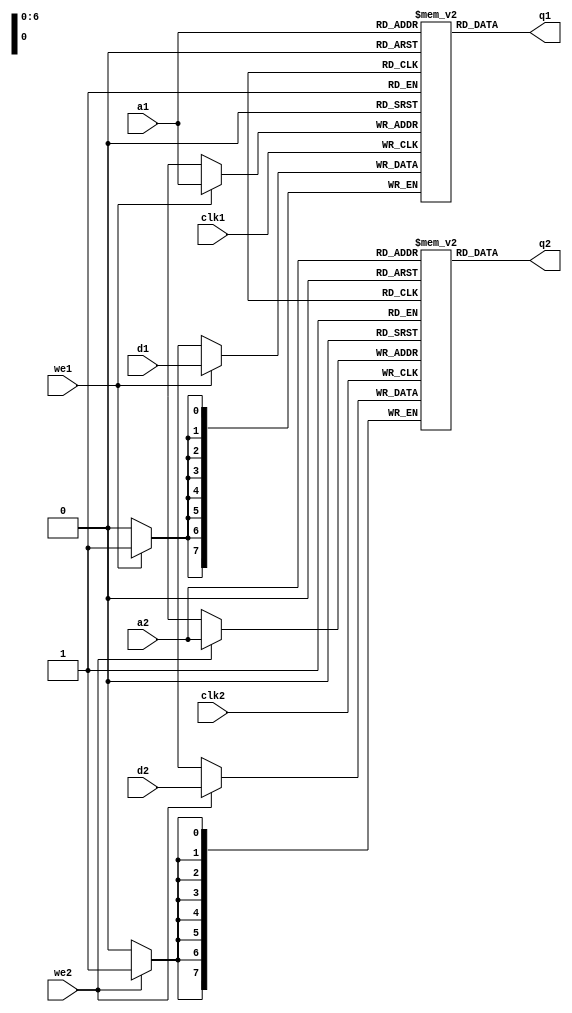
module ram_dual_port(q1, q2, a1, a2, d1, d2, we1, we2, clk1, clk2); 
	output[7:0] q1, q2;
	input [7:0] d1, d2;
	input [6:0] a1, a2;
	input we1, we2, clk1, clk2;

	reg [7:0] mem1 [127:0];
	reg [7:0] mem2 [127:0];

	assign q1 = mem1[a1];
	assign q2 = mem2[a2];

	always @(posedge clk1) begin
		if (we1) begin
			mem1[a1] <= d1;
		end
	end
	always @(posedge clk2) begin
		if(we2) begin
			mem2[a2] <= d2;
		end

	end
endmodule